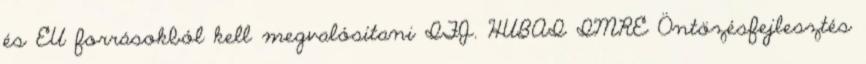
és EU forrásokból kell megvalósítani IFJ. HUBAI IMRE Öntözésfejlesztés